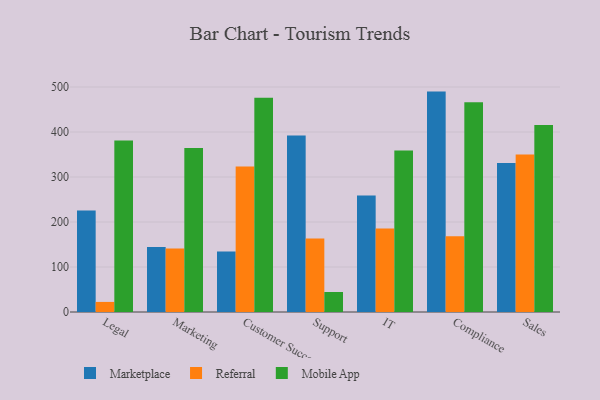
{"axis": {"x": "Department", "y": "Satisfaction Score"}, "legend": ["Marketplace", "Mobile App", "Referral"], "data": [{"x": "Legal", "y": 225.3, "type": "Marketplace"}, {"x": "Legal", "y": 22.4, "type": "Referral"}, {"x": "Legal", "y": 381.0, "type": "Mobile App"}, {"x": "Marketing", "y": 144.5, "type": "Marketplace"}, {"x": "Marketing", "y": 141.3, "type": "Referral"}, {"x": "Marketing", "y": 364.5, "type": "Mobile App"}, {"x": "Customer Success", "y": 134.2, "type": "Marketplace"}, {"x": "Customer Success", "y": 323.4, "type": "Referral"}, {"x": "Customer Success", "y": 476.0, "type": "Mobile App"}, {"x": "Support", "y": 392.1, "type": "Marketplace"}, {"x": "Support", "y": 163.5, "type": "Referral"}, {"x": "Support", "y": 44.5, "type": "Mobile App"}, {"x": "IT", "y": 259.1, "type": "Marketplace"}, {"x": "IT", "y": 185.4, "type": "Referral"}, {"x": "IT", "y": 359.0, "type": "Mobile App"}, {"x": "Compliance", "y": 489.8, "type": "Marketplace"}, {"x": "Compliance", "y": 168.6, "type": "Referral"}, {"x": "Compliance", "y": 466.3, "type": "Mobile App"}, {"x": "Sales", "y": 331.3, "type": "Marketplace"}, {"x": "Sales", "y": 349.9, "type": "Referral"}, {"x": "Sales", "y": 415.3, "type": "Mobile App"}]}